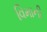
વિમાની